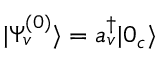
\ensuremath { | \Psi _ { v } ^ { ( 0 ) } \rangle } = a _ { v } ^ { \dagger } \ensuremath { | 0 _ { c } \rangle }